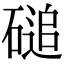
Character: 磓